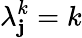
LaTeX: \lambda_{\mathbf{j}}^{k}=k